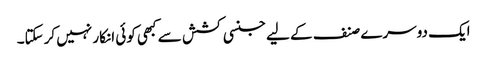
ایک دوسرے صنف کے لیے جنسی کشش سے کبھی کوئی انکار نہیں کرسکتا۔